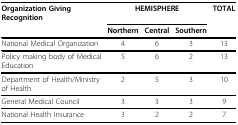
| Organization Giving Recognition | <COLSPAN=3> HEMISPHERE | TOTAL |
 |  | Northern | Central | Southern |  |
 | --- | --- | --- | --- | --- |
 | National Medical Organization | 4 | 6 | 3 | 13 |
 | Policy making body of Medical Education | 5 | 6 | 2 | 13 |
 | Department of Health/Ministry of Health | 2 | 5 | 3 | 10 |
 | General Medical Council | 3 | 3 | 3 | 9 |
 | National Health Insurance | 3 | 2 | 2 | 7 |